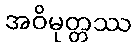
အဝိမုတ္တဿ